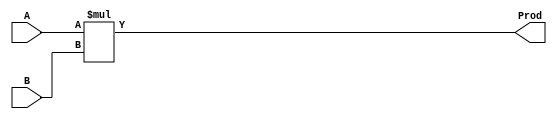
`timescale 1ns / 1ps
//////////////////////////////////////////////////////////////////////////////////
// Company: 
// Engineer: 
// 
// Design Name: 
// Module Name: MUL
// Project Name: 
// Target Devices: 
// Tool Versions: 
// Description: Multiplier
// 
// Dependencies: 
// 
// Revision:
// Revision 0.01 - File Created
// Additional Comments:
// 
//////////////////////////////////////////////////////////////////////////////////


module MUL #(parameter DATAWIDTH = 8)(A, B, Prod);
    input [DATAWIDTH-1:0] A, B;
    output reg [DATAWIDTH-1:0] Prod;
    
always @(A, B) begin
    Prod = A * B;
end
    
endmodule